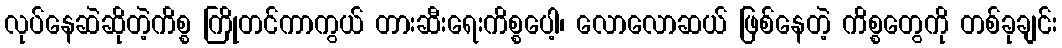
လုပ်နေဆဲဆိုတဲ့ကိစ္စ ကြိုတင်ကာကွယ် တားဆီးရေးကိစ္စပေါ့၊ လောလောဆယ် ဖြစ်နေတဲ့ ကိစ္စတွေကို တစ်ခုချင်း